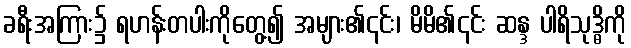
ခရီးအကြား၌ ရဟန်းတပါးကိုတွေ့၍ အများ၏၎င်း၊ မိမိ၏၎င်း ဆန္ဒ ပါရိသုဒ္ဓိကို